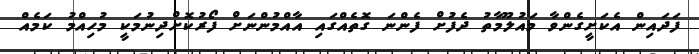
ފަދައިން އެކަށީގެންވާ މައުލޫމާތު ދެފުށް ފެންނަ ގޮތެއްގައި އާއްމުންނަށް ފޯރުކޮށްދިނުމަކީ މުހިއްމު ކަމެއް